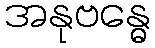
အနုဗန္ဓေ